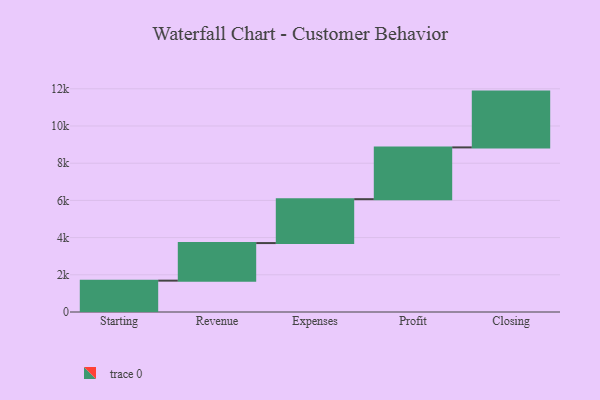
{"axis": {"x": "Step", "y": "Value"}, "legend": [""], "data": [{"x": "Starting", "y": 1686.0, "type": ""}, {"x": "Revenue", "y": 2020.0, "type": ""}, {"x": "Expenses", "y": 2360.0, "type": ""}, {"x": "Profit", "y": 2784.0, "type": ""}, {"x": "Closing", "y": 3000, "type": ""}]}